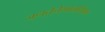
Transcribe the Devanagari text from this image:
जनतेचेमानसिक